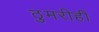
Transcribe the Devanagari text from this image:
ठुमरीही